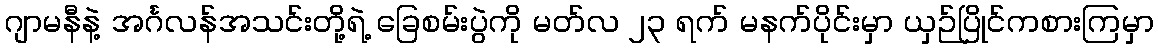
ဂျာမနီနဲ့ အင်္ဂလန်အသင်းတို့ရဲ့ ခြေစမ်းပွဲကို မတ်လ ၂၃ ရက် မနက်ပိုင်းမှာ ယှဉ်ပြိုင်ကစားကြမှာ